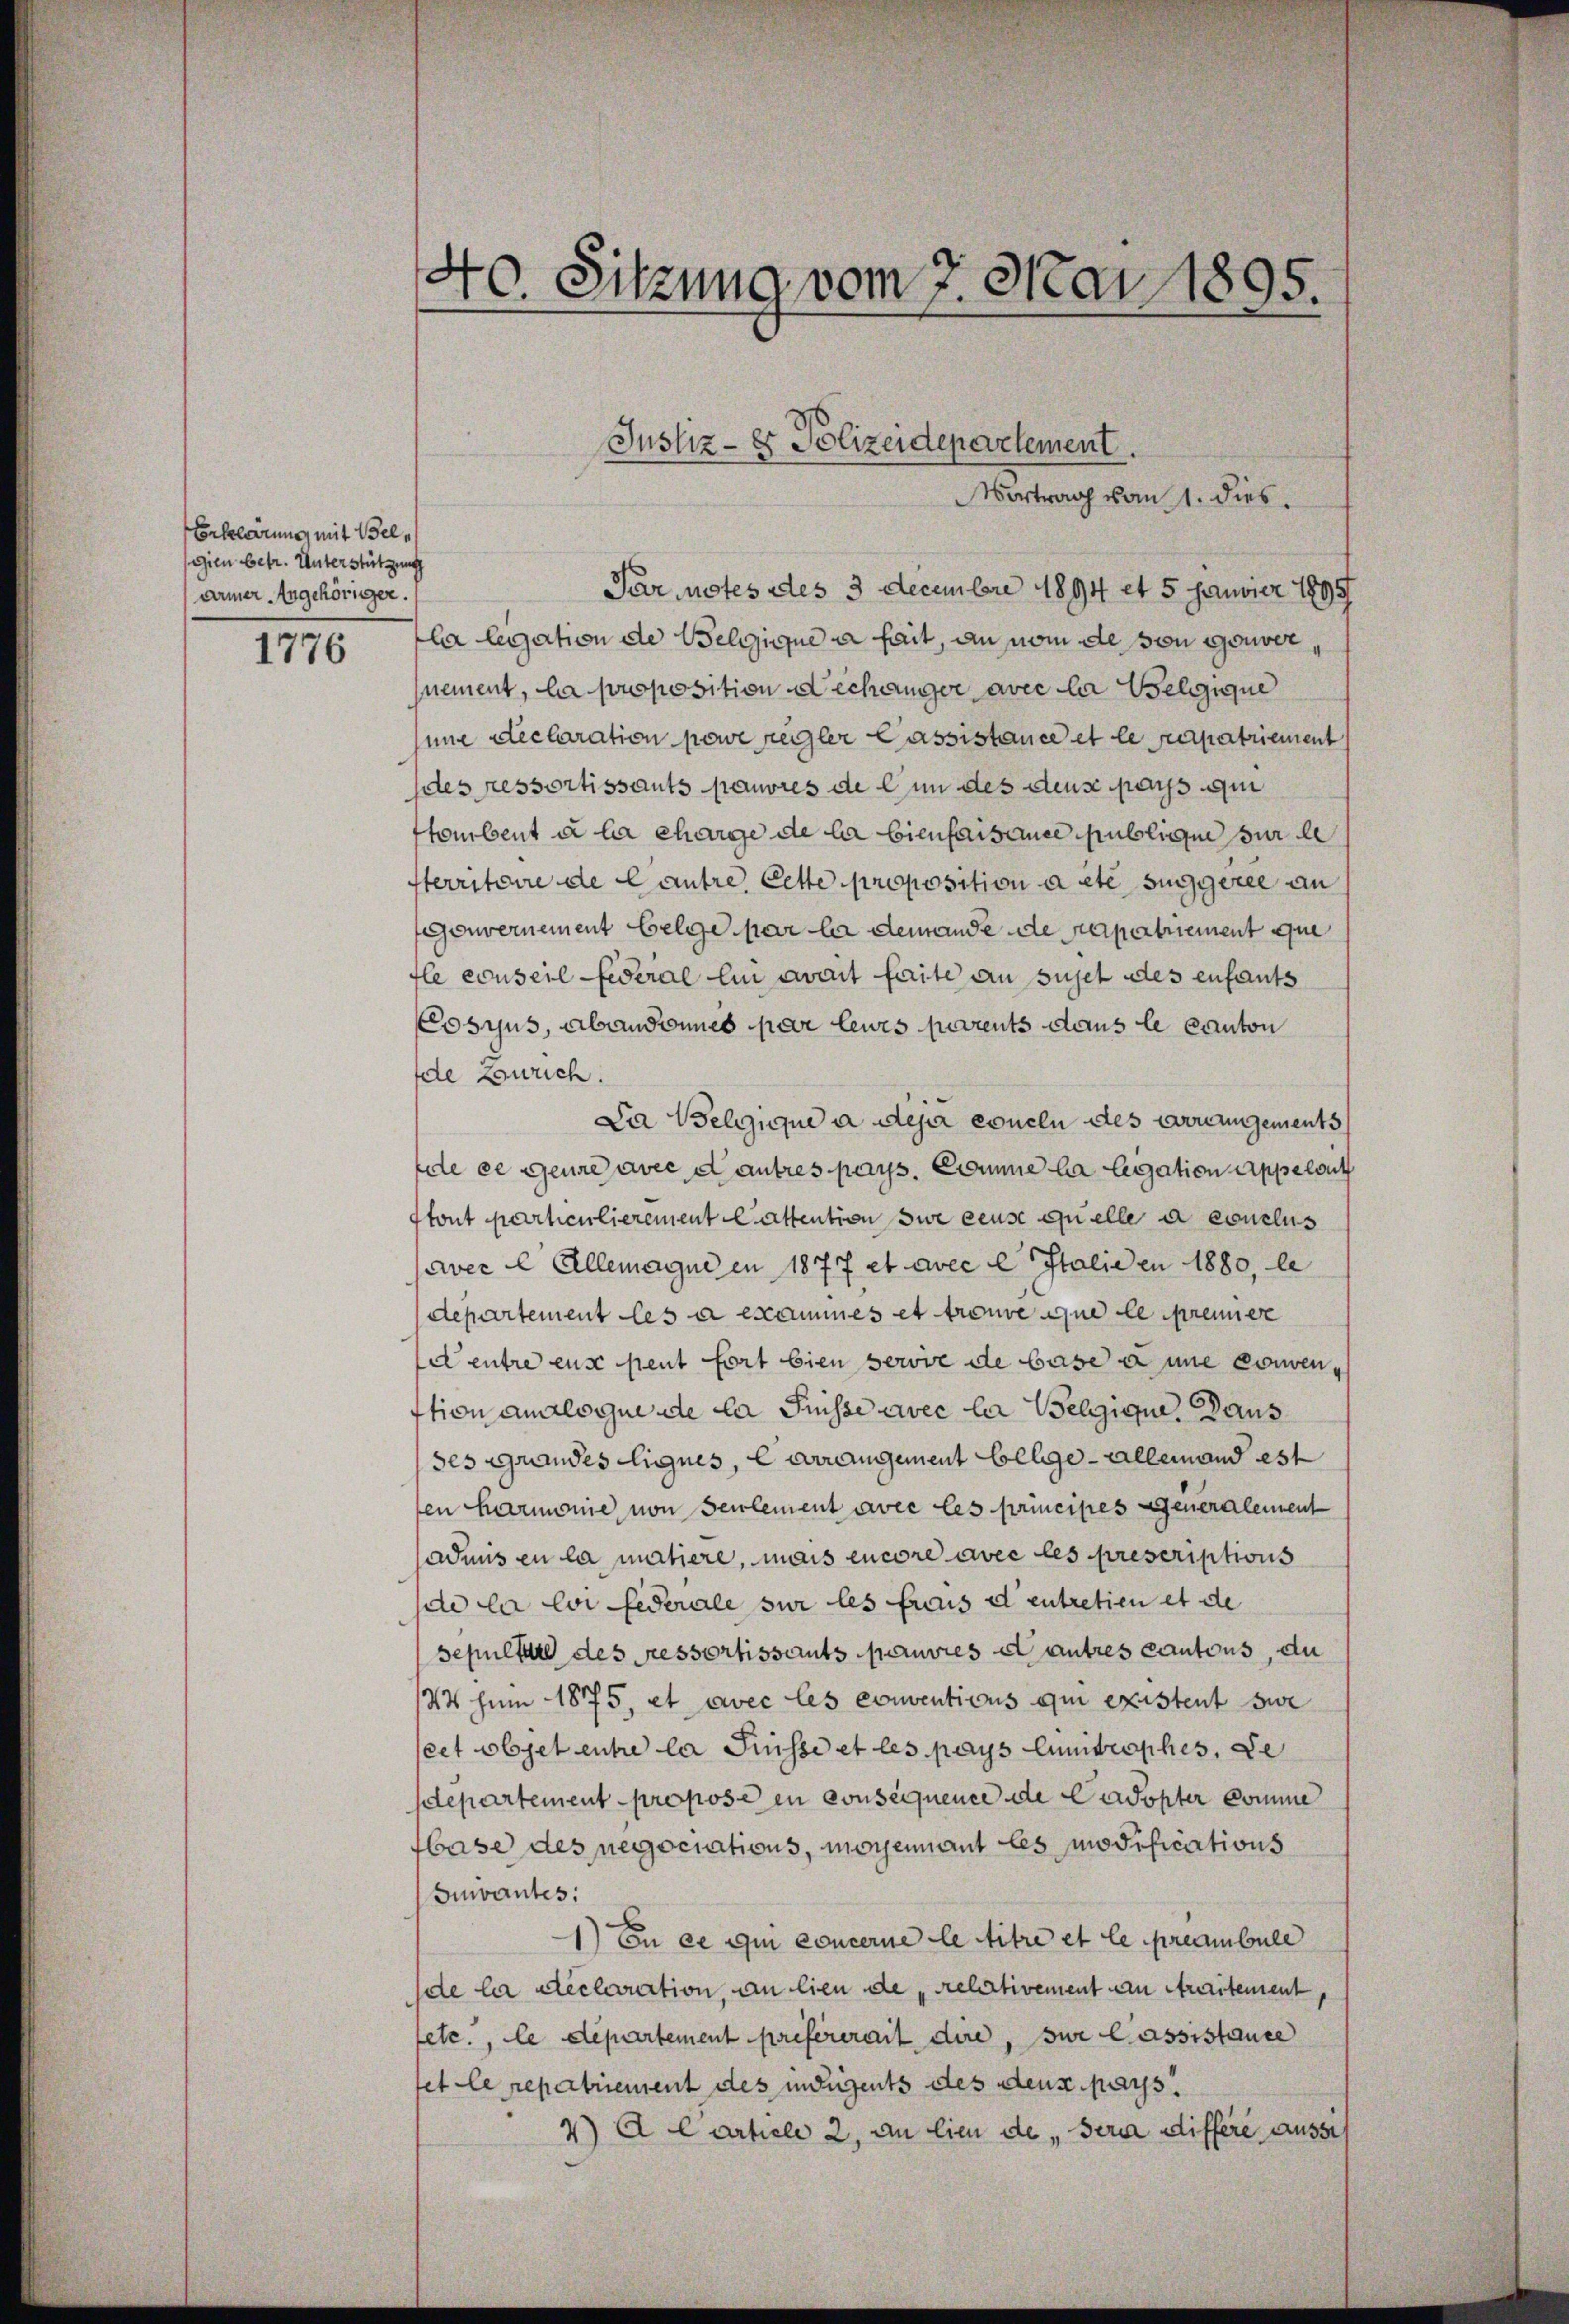
Erklärung mit Belgien betr. Unterstützung
armer Angehöriger.

1776

.
40. Sitzung vom 7. Mai 1895.

ortrag vom 1. dies
Par notes des 3 Decembre 1894 et 5 Fanvier 1899
la legation de Welgigue a fait, an vom de son gouver
nement, la proposition dechanger avec la Belgique
une declaration powe regler Cassistance et le papatriement
des ressortissants pauvres de l’un des deus pays qui
tombent à la charge de la bienfaisance publige sur le
sterritoire de Cautre, Lette proposition a etc. suggeree an
Gouvernement belge par la demande de Kapetriement que
fle conseil Federal ein weit faite an sujet des enfants
Cosius, abandonnes par leurs parrents dans le canton
de Bourich.
Da Belgique à dej eoneln des vorangements
fie ee geure avec d autres pays. Comme la legation appelsit
tont particulierement Cattention sie eeuse quelle a conclus
aver C Allemagne en 1877 et avec l Italiden 1880, le
departement les à exammes et trouve que le premiere
d entre eus peut fort bien servie de base u une convention analogue de la Puisse avec la Belgique, Baus
ses grandes Eignes, e arrangement Colle - allemand est
en Harmonie von seulement avec les principes Generalement
adnis zu la matiere, mais encore avec les prescriptions
de la loi fédérale sur les frais d’entretien et de
sepultur des essortissants pauvres et autres cantons, du
44 zum 1875, et avec les conventions qui existent sie
cet objet entre la Puisse et les pays limitrophes, de
departement propose en consequence de Cadopter komme
base des negociations, moyennant les modifications
Suvantes:
1) En ce qui concerne le titre et le preambule
de la declaration, an lieu de relativement an Araitement,
ete., le departement préférerait dire, sie lassistance
fet le repatriement des indigents des deux pays.
4) A C article 2, an lieu de sera differe ausse

Justiz- & Polizeidepartement.